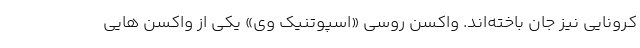
کرونایی نیز جان باخته‌اند. واکسن روسی «اسپوتنیک وی» یکی از واکسن هایی